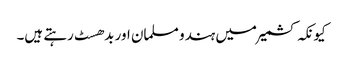
کیونکہ کشمیر میں ہندو مسلمان اور بدھسٹ رہتے ہیں۔